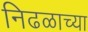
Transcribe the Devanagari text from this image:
निढळाच्या